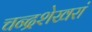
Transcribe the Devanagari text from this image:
चन्द्रशेखरां